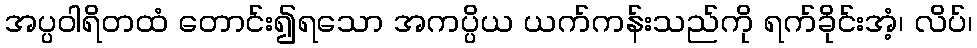
အပ္ပဝါရိတထံ တောင်း၍ရသော အကပ္ပိယ ယက်ကန်းသည်ကို ရက်ခိုင်းအံ့၊ လိပ်၊